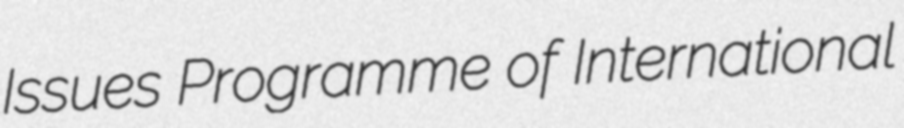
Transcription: Issues Programme of International